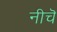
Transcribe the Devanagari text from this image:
नीचॆ